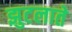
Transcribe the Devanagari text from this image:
झुटलाते